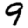
Digit: 9